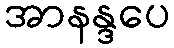
အာနန္ဒပေ